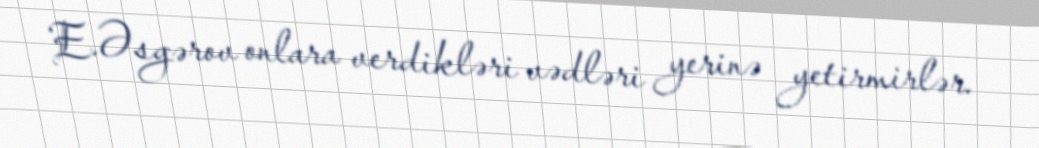
E.Əsgərov onlara verdikləri vədləri yerinə yetirmirlər.